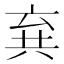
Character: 𠔚